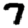
Digit: 7